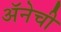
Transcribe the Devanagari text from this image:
अॅनेची